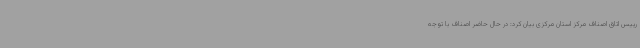
رییس اتاق اصناف مرکز استان مرکزی بیان کرد: در حال حاضر اصناف با توجه